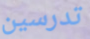
تدرسين